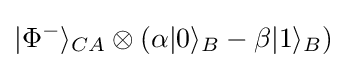
|\Phi ^{-}\rangle _{CA}\otimes (\alpha |0\rangle _{B}-\beta |1\rangle _{B})